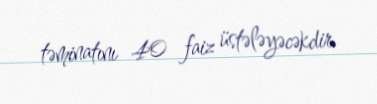
təminatını 40 faiz üstələyəcəkdir.